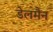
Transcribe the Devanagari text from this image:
डेलमैन